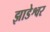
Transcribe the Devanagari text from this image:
झाडेश्वर